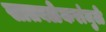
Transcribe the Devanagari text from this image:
सातवळेकरांमुळे